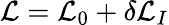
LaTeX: {\cal L}={\cal L}_{0}+\delta{\cal L}_{I}